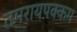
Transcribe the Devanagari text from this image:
तमरायपक्कम